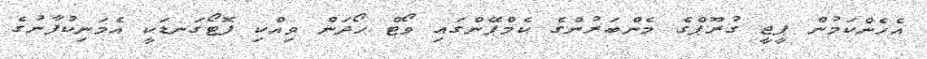
އެހެންކަމުން ޕީޖީ ގުރޫޕްގެ މެންބަރުންގެ ކެމްޕޭންގައި ވޯޓް ހޯދަން ވިއްކި ފޮޓޯގަނޑަކީ އެމަނިކުފާނުގެ